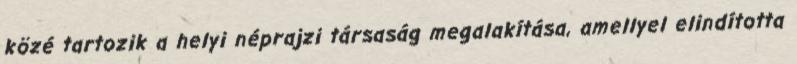
közé tartozik a helyi néprajzi társaság megalakítása, amellyel elindította